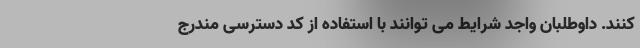
کنند. داوطلبان واجد شرایط می توانند با استفاده از کد دسترسی مندرج